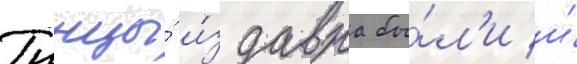
Тунцы́ и́здавна бы́л'и и́